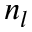
n _ { l }